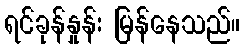
ရင်ခုန်နှုန်း မြန်နေသည်။